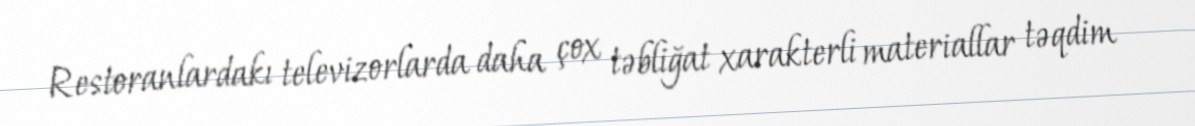
Restoranlardakı televizorlarda daha çox təbliğat xarakterli materiallar təqdim